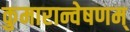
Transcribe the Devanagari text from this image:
कुमारान्वेषणम्